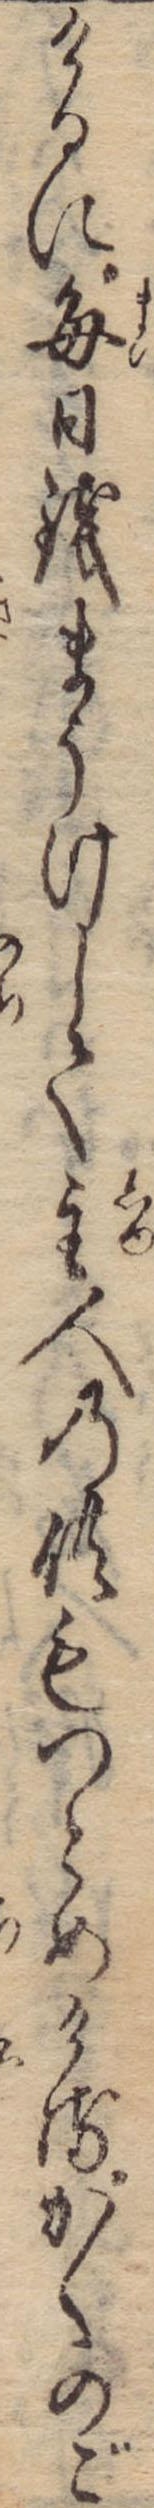
けるに毎日銭まうけして主人の供もつとめけるかくのご